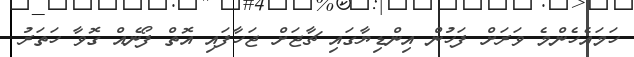
ހަމައެހެންމެ ވަރަށް ފަހުން އިންޑިޔާގައި ޗާޖަށް ޖަހާފައި އޮތް ފޯނެއް ގޮވާ ހަތަރު